Civil Veterinary Dept. Bombay admin report 1932-41 - 1932-1941
Year: 1932
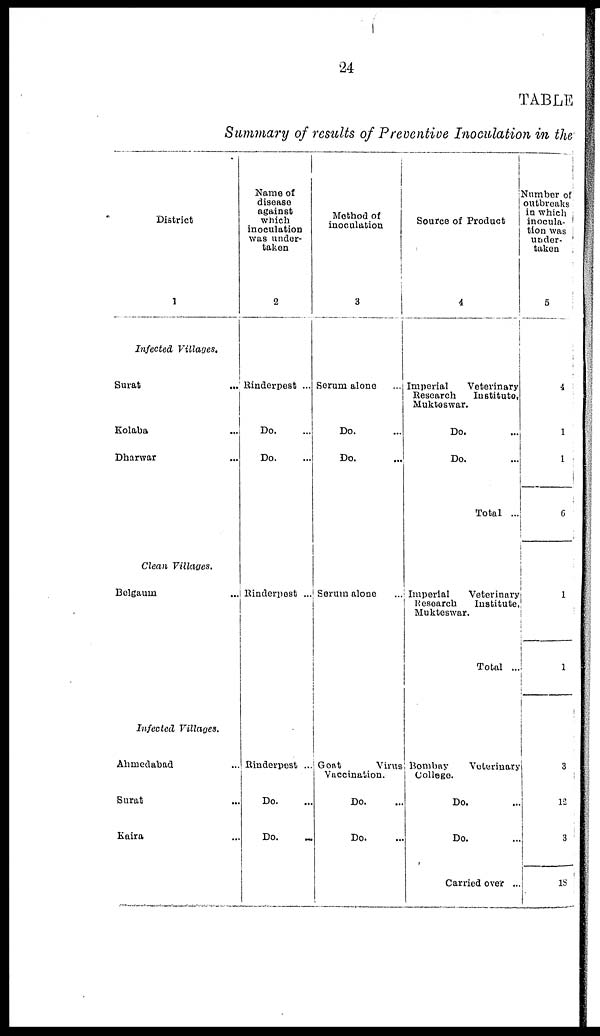
24
TABLE
Summary of results of Preventive Inoculation in the
District
1
Infected
Villages.
Surat
...
Kolaba ...
Dharwar ...
Clean Villages.
Bolgaum ...
Infected
Villages.
Ahmedabad ...
Surat ...
Kaira ...
Name of
disease
against
which
inoculation
was under-
taken
2
Rinderpest ...
Do. ...
Do. ...
Rinderpest ...
Rinderpest ...
Do. ...
Do. ...
Method of
inoculation
3
Serum alone
Do. ...
Do. ...
Serum alone
Goat
Virus
Vaccination.
Do. ...
Do. ...
Source of Product
4
Imperial
Veterinary
Research
Institute,
Mukteswar.
Do. ...
Do. ...
Total ...
Imperial
Veterinary
Research
Institute
Mukteswar.
Total ...
Bombay
Veterinary
College.
Do. ...
Do. ...
Carried over ...
Number of
outbreaks
in which
inocula-
tion was
under-
taken
5
4
1
1
6
1
1
3
19
3
18